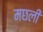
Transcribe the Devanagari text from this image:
मछली